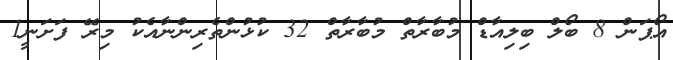
އޯޕަން 8 ބޯލް ބިލިއާޑް މުބާރާތް މުބާރާތް 32 ކުޅުންތެރިންނާއެކު މިރޭ ފަށަނީ1